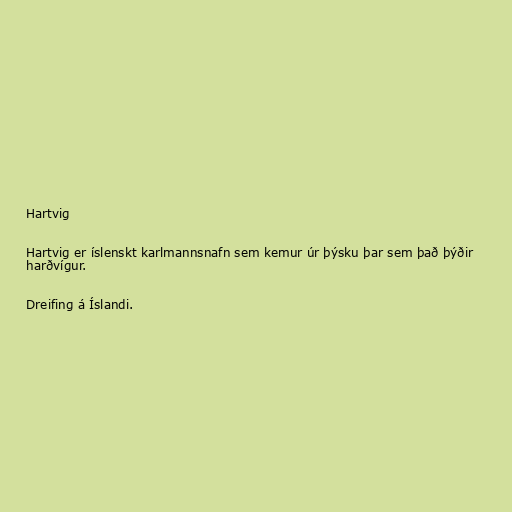
Hartvig

Hartvig er íslenskt karlmannsnafn sem kemur úr þýsku þar sem það þýðir
harðvígur.

Dreifing á Íslandi.